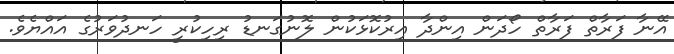
އޭނާ ފަރާތް ފަރާތް ހޯދަން އިންދާ އިރުކޮޅަކުން ލޮނުގަނޑު ރިހިކުރީ ހަނދުވަރުގެ އައްޔެވެ.